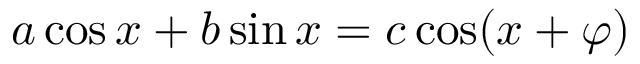
a \cos x + b \sin x = c \cos ( x + \varphi )